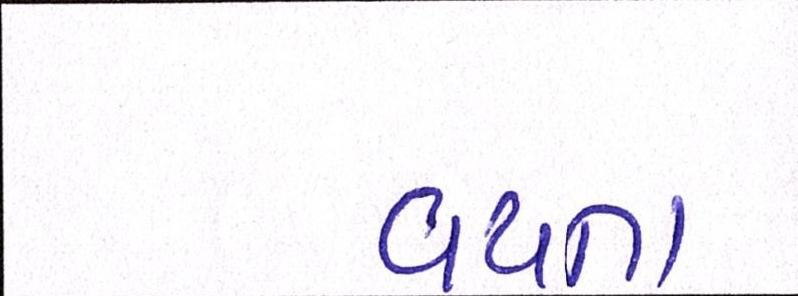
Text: વયના